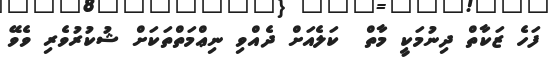
ފަހެ ޒަކާތް ދިނުމަކީ މާތް  ކަލެއަށް ދެއްވި ނިޢްމަތްތަކަށް ޝުކުރުވެރި ވެވޭ